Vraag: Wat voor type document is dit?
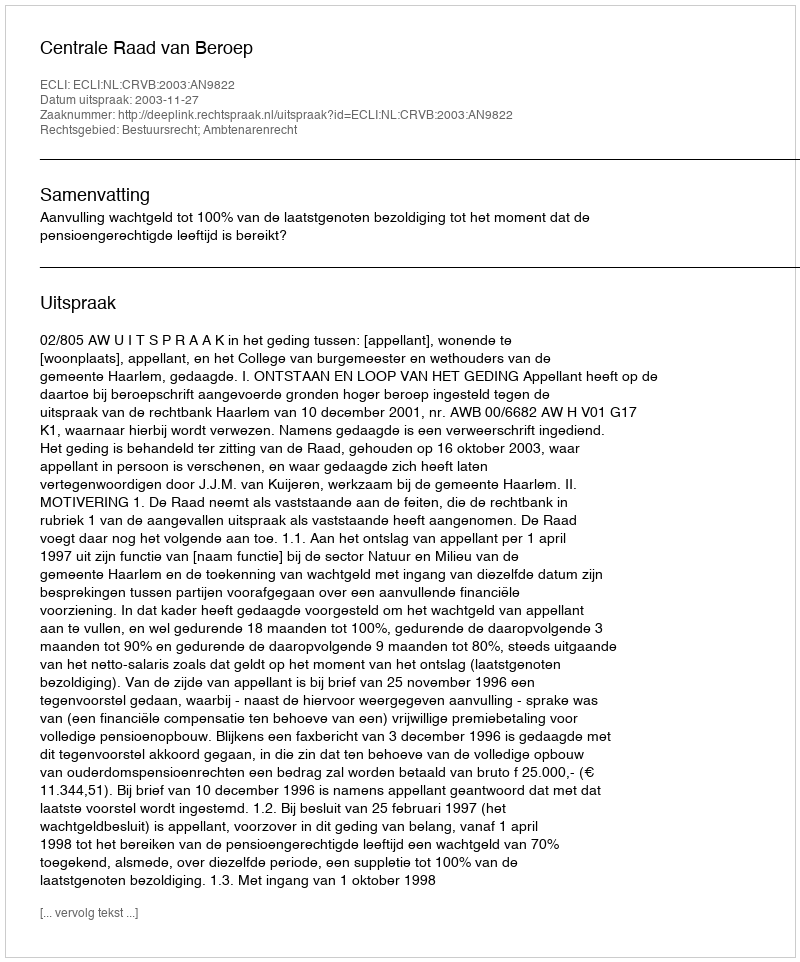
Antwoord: Uitspraak